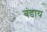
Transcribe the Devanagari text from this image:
बंडाय